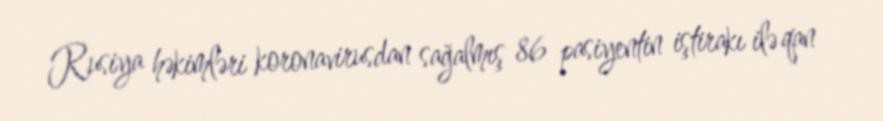
Rusiya həkimləri koronavirusdan sağalmış 86 pasiyentin iştirakı ilə qan